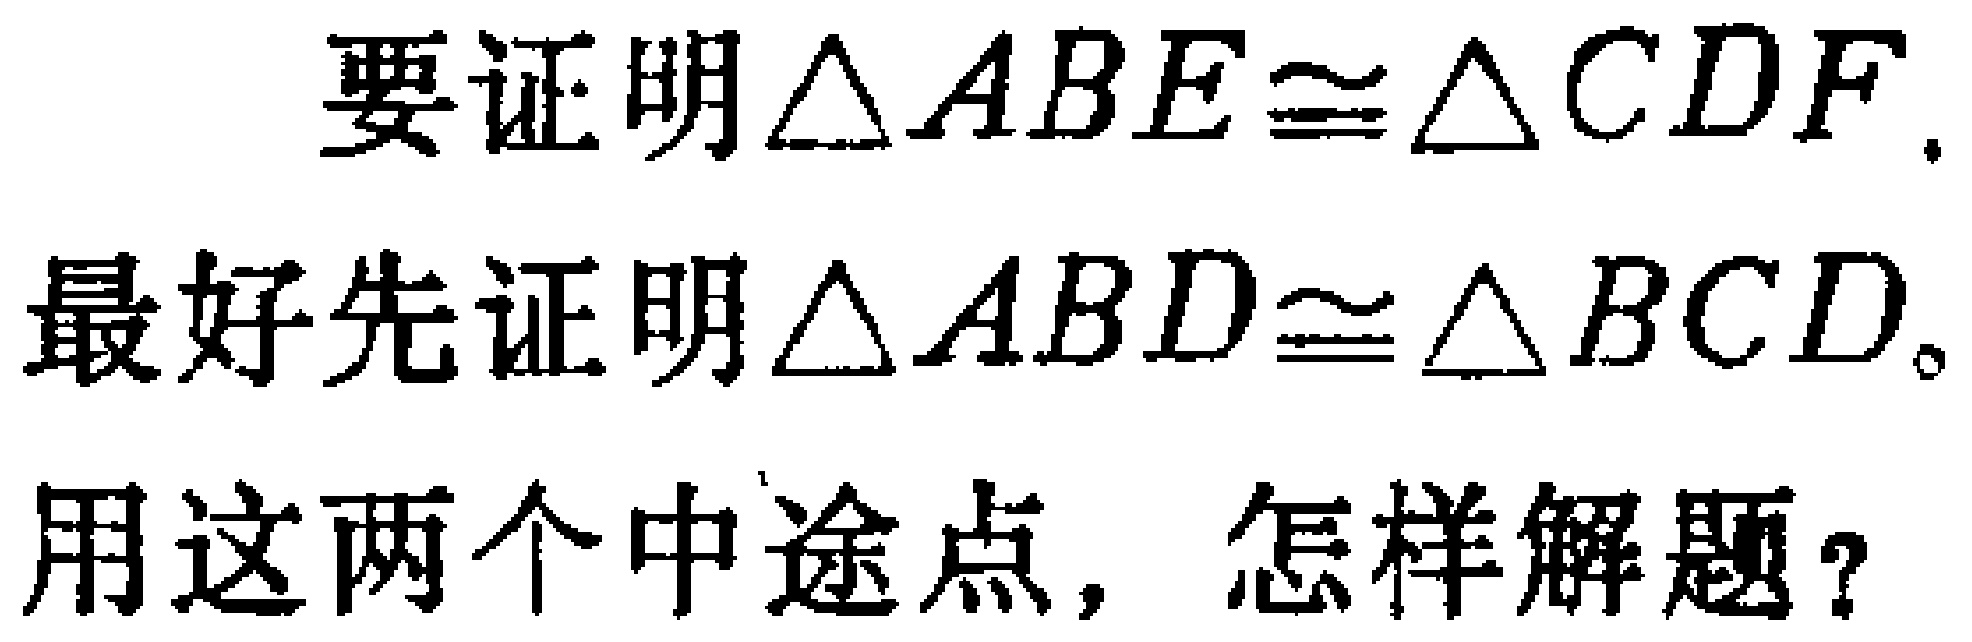
要证明$\triangle ABE\cong\triangle CDF$.
最好先证明$\triangle ABD\cong\triangle BCD$。
用这两个中途点，怎样解题？